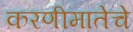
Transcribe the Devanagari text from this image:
करणीमातेचे